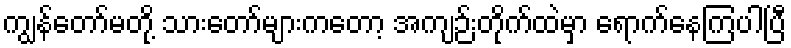
ကျွန်တော်မတို့ သားတော်များကတော့ အကျဉ်းတိုက်ထဲမှာ ရောက်နေကြပါပြီ